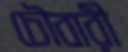
চৌবারী